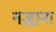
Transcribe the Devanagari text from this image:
नज़्राना